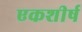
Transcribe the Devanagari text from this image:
एकशीर्ष